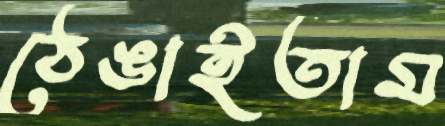
ঠেঙাইতাম